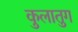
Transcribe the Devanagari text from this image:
कुलातुग